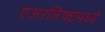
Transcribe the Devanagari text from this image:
एअरलिफ्टमध्ये